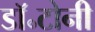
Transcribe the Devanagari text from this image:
डॉ॰टोनी